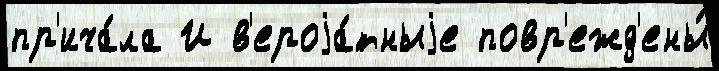
пр'ича́ла И в'ероjа́тныjе повр'ежд'ены́